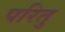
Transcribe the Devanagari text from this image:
परितु